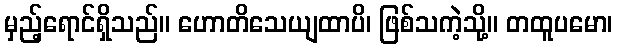
မှည့်ရောင်ရှိသည်။ ဟောတိသေယျထာပိ၊ ဖြစ်သကဲ့သို့။ တထူပမော၊